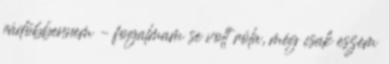
rádöbbennem – fogalmam se volt róla, még csak eszem